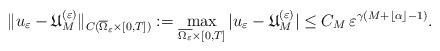
LaTeX: \begin{align*}\|u_\varepsilon - \mathfrak{U}_{M}^{(\varepsilon)}\|_{C(\overline{\Omega}_\varepsilon\times [0,T])} := \max_{\overline{\Omega_\varepsilon}\times [0, T]} |u_\varepsilon - \mathfrak{U}_{M}^{(\varepsilon)}| \le C_M \, \varepsilon^{\gamma (M +\lfloor \alpha\rfloor -1)}. \end{align*}